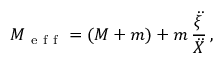
M _ { \mathrm { ~ e ~ f ~ f ~ } } = ( M + m ) + m \, \frac { \ddot { \xi } } { \ddot { X } } \, ,